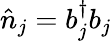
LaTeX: \hat{n}_{j}=b_{j}^{\dagger}b_{j}